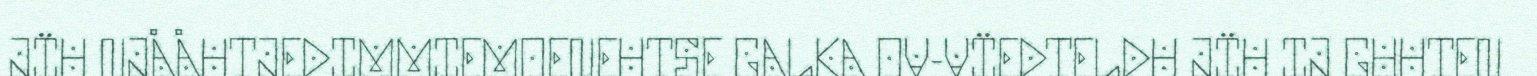
JÏH NJÅÅHTJEDIMMIEMOENEHTSE GALKA OV-VÏEDTELDH JÏH IJ GUHTEN